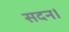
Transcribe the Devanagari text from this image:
सदन।